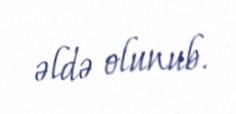
əldə olunub.